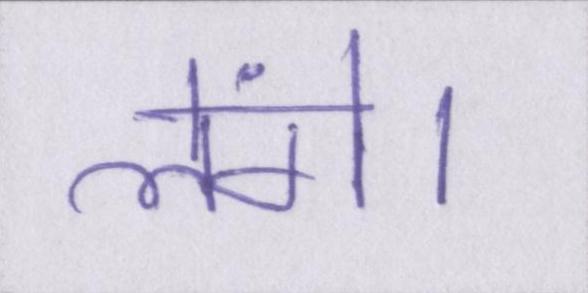
लेंगे।